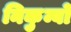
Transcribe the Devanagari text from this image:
निकुम्बों